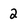
Character: 2